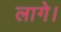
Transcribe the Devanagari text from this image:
लागे।